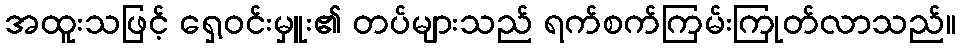
အထူးသဖြင့် ရှေ့ဝင်းမှူး၏ တပ်များသည် ရက်စက်ကြမ်းကြုတ်လာသည်။